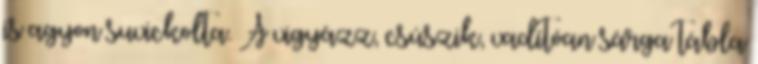
is agyon suvickolta. A vigyázz, csúszik, vadítóan sárga tábla